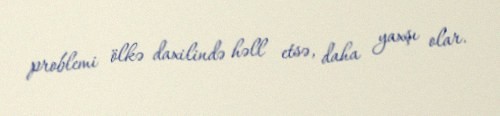
problemi ölkə daxilində həll etsə, daha yaxşı olar.